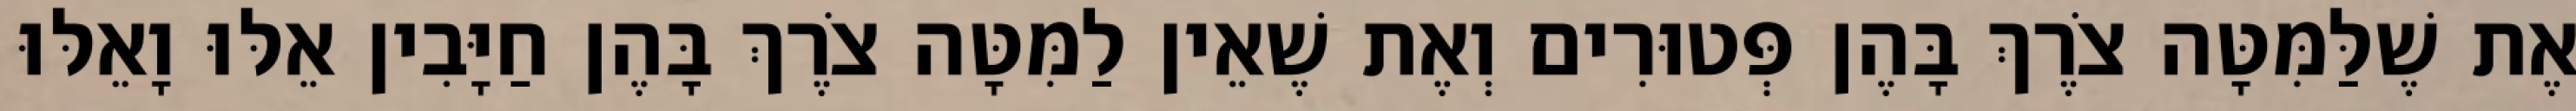
אֶת שֶׁלַּמִּטָּה צֹרֶךְ בָּהֶן פְּטוּרִים וְאֶת שֶׁאֵין לַמִּטָּה צֹרֶךְ בָּהֶן חַיָּבִין אֵלּוּ וָאֵלּוּ